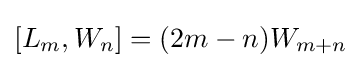
[L_{m},W_{n}]=(2m-n)W_{m+n}